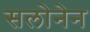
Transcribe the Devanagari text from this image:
सलोनेन